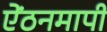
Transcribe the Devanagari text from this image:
ऐंठनमापी